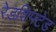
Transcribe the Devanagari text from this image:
रेडशिफ्टेड